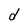
Character: d